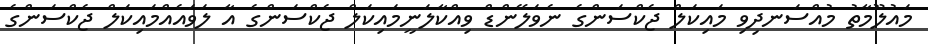
މައުލޫމާތު މުއްސަނދިވި މައިކަލް ޖެކްސަންގެ ނެވަލޭންޑް ވިއްކާލަނީމައިކަލް ޖެކްސަންގެ އާ ލަވައެއްމައިކަލް ޖެކްސަންގެ